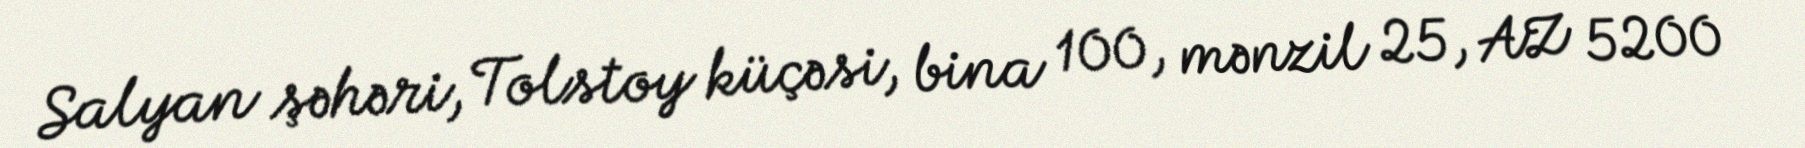
Salyan şəhəri, Tolstoy küçəsi, bina 100, mənzil 25, AZ 5200